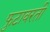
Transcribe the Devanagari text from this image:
फुटावरती